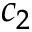
c _ { 2 }